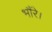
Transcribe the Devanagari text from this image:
भौंरे।